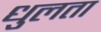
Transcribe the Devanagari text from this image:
धुलता